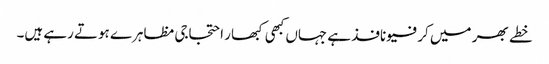
خطے بھر میں کرفیو نافذ ہے جہاں کبھی کبھار احتجاجی مظاہرے ہوتے رہے ہیں۔